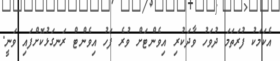
އެކަމަކު ފުރަތަމަ ދުވަހު ވާދަކުރި އިވެންޓަށް ވުރެ ފަހު އިވެންޓް ރަނގަޅުކޮށްފައި ވަނީ.